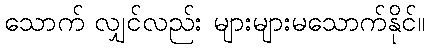
သောက် လျှင်လည်း များများမသောက်နိုင်။